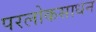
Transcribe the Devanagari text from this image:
परलोकसाधन